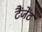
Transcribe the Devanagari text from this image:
टैंजेंट